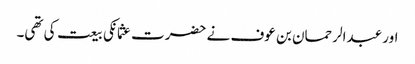
اور عبدالرحمان بن عوف نے حضرت عثمانکی بیعت کی تھی۔